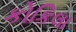
કોકિલા